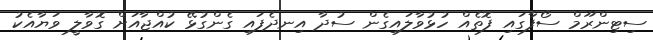
ސިޓިންރޫމް ސޯފާގައި ފޮތެއް ހުޅުވާލައިގެން ސުދާ އިނދެފައި ގެންގުޅޭ ކުއްޖާއަށް ގޮވާލީ ވަޔާއެކު